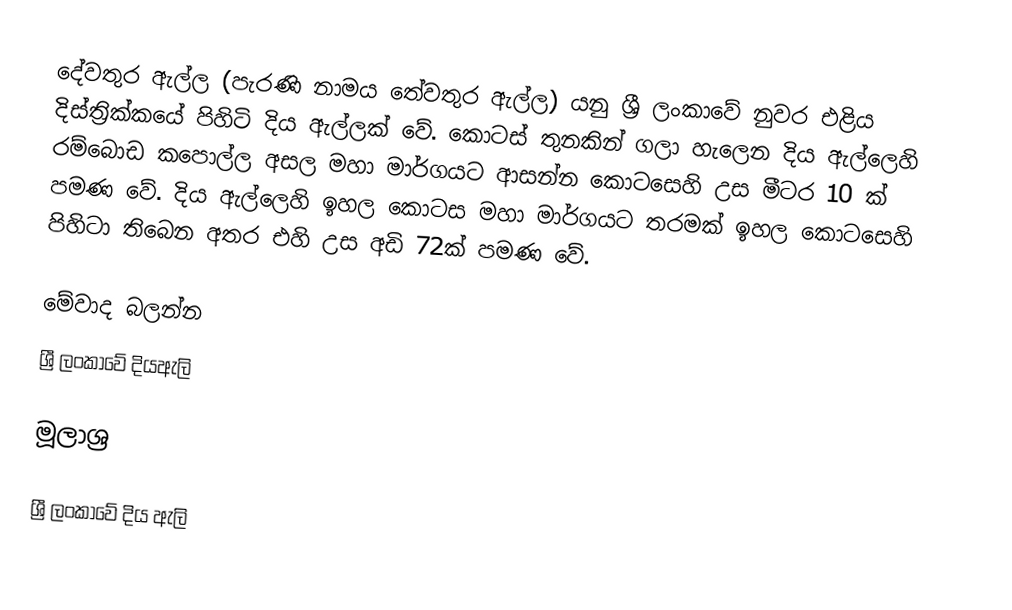
දේවතුර ඇල්ල (පැරණි නාමය තේවතුර ඇල්ල) යනු ශ්‍රී ලංකාවේ නුවර එළිය දිස්ත්‍රික්කයේ පිහිටි දිය ඇල්ලක් වේ. කොටස් තුනකින් ගලා හැලෙන දිය ඇල්ලෙහි රම්බොඩ කපොල්ල අසල මහා මාර්ගයට ආසන්න කොටසෙහි උස මීටර 10 ක් පමණ වේ. දිය ඇල්ලෙහි ඉහල කොටස මහා මාර්ගයට තරමක් ඉහල කොටසෙහි පිහිටා තිබෙන අතර එහි උස අඩි 72ක් පමණ වේ.

මේවාද බලන්න
 ශ්‍රී ලංකාවේ දියඇලි

මූලාශ්‍ර

ශ්‍රී ලංකාවේ දිය ඇලි